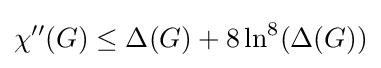
\chi ''(G)\leq \Delta (G)+8\ln ^{8}(\Delta (G))